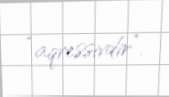
“aqressivdir”.